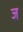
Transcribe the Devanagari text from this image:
ज॓